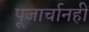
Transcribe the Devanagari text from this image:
पूजार्चानहीं